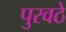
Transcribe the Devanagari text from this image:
पुरवठे